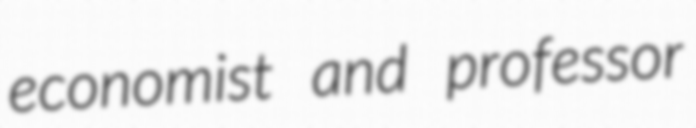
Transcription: economist and professor